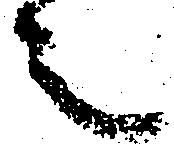
之